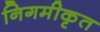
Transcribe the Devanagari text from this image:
निगमीकृत